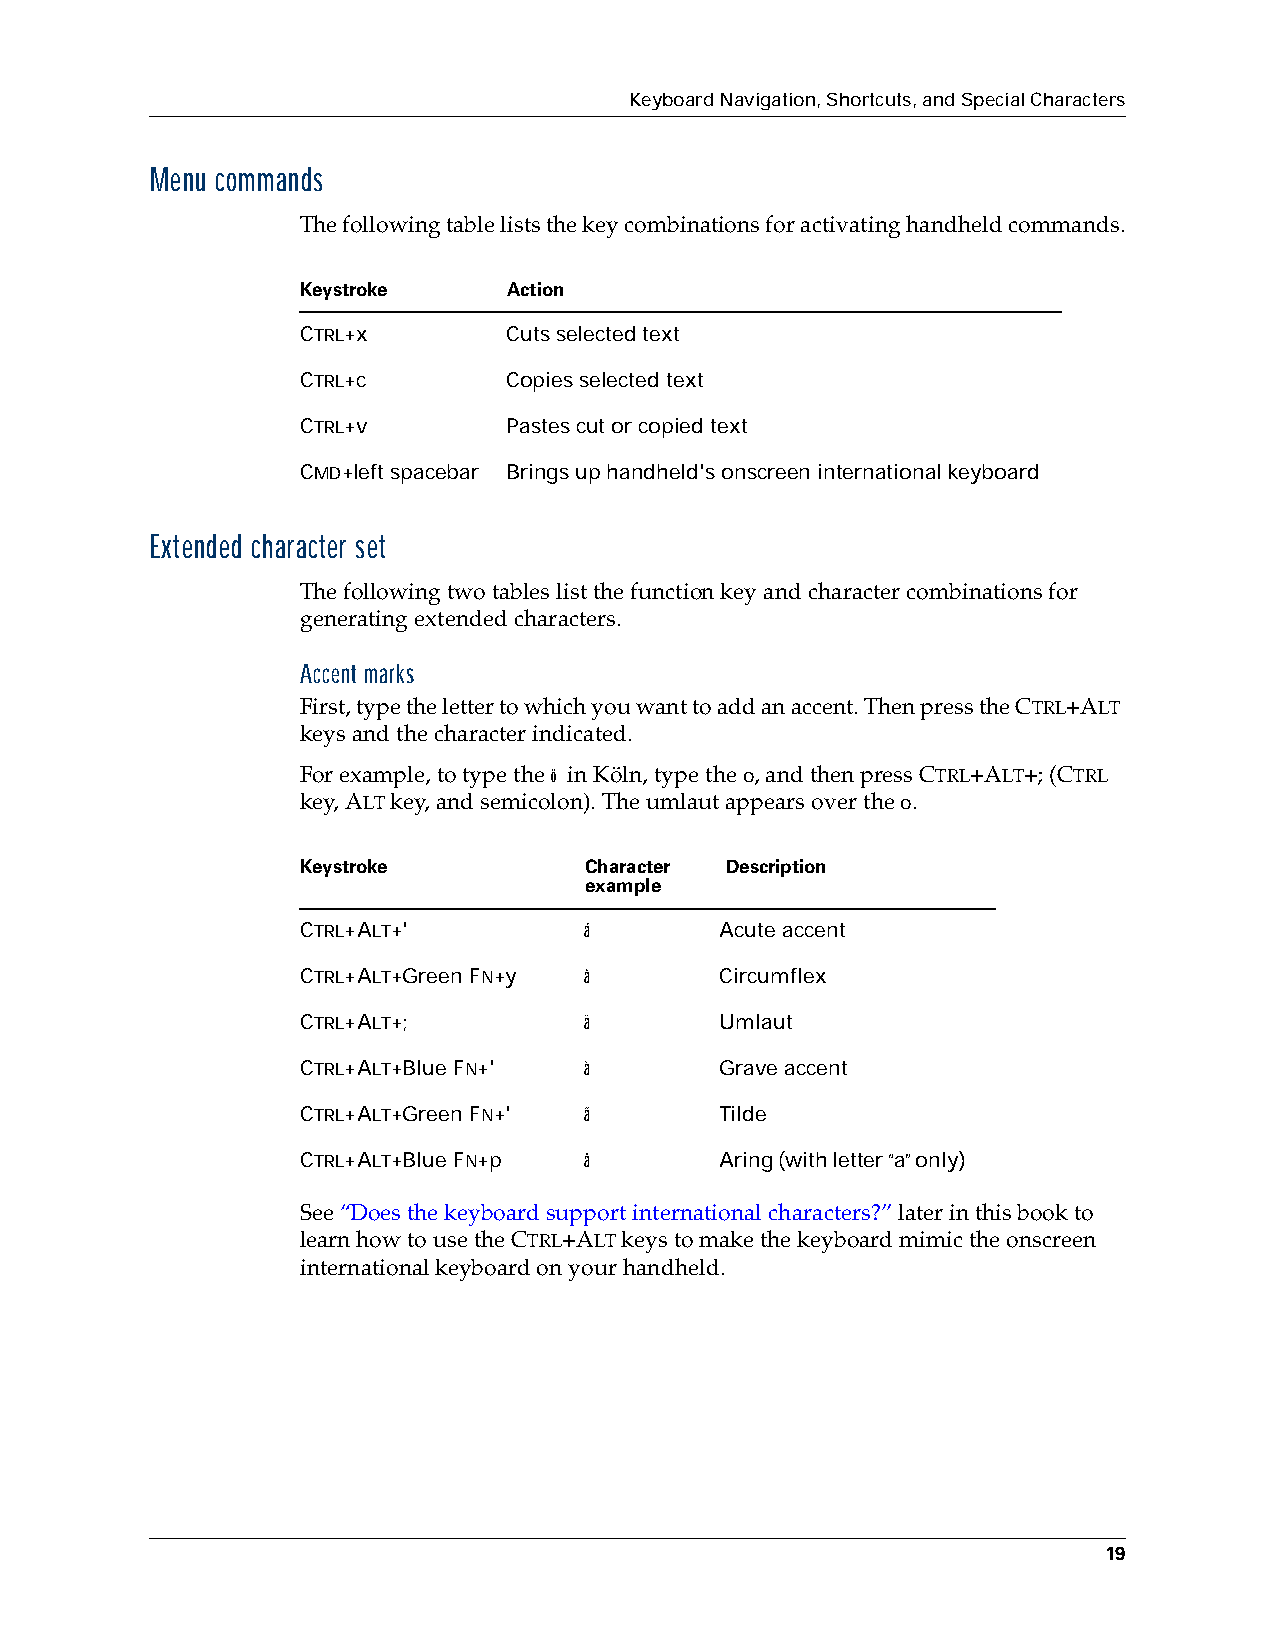
Keyboard Navigation, Shortcuts, and Special Characters
 Menu commands
 The following table lists the key combinations for activating handheld commands.
 Keystroke     Action
 CTRL+x        Cuts selected text
 CTRL+c        Copies selected text
 CTRL+v        Pastes cut or copied text
 CMD+left spacebar Brings up handheld's onscreen international keyboard
 Extended character set
 The following two tables list the function key and character combinations for
 generating extended characters.
 Accent marks
 First, type the letter to which you want to add an accent. Then press the CTRL+ALT
 keys and the character indicated.
 For example, to type the ö in Köln, type the o, and then press CTRL+ALT+; (CTRL
 key, ALT key, and semicolon). The umlaut appears over the o.
 Keystroke          Character Description
 example
 CTRL+ALT+'         á        Acute accent
 CTRL+ALT+Green FN+y â       Circumflex
 CTRL+ALT+;         ä        Umlaut
 CTRL+ALT+Blue FN+' à        Grave accent
 CTRL+ALT+Green FN+' ã       Tilde
 CTRL+ALT+Blue FN+p å        Aring (with letter “a” only)
 See “Does the keyboard support international characters?” later in this book to
 learn how to use the CTRL+ALT keys to make the keyboard mimic the onscreen
 international keyboard on your handheld.
 19